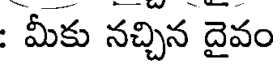
: మీకు నచ్చిన దైవం